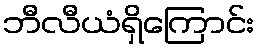
ဘီလီယံရှိကြောင်း